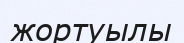
жортуылы